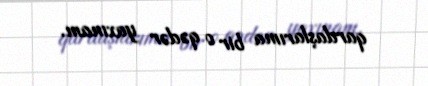
qardaşlarıma bir o qədər yaxınam.